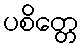
ပစိတ္တေ